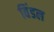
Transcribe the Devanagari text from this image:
विंडल